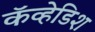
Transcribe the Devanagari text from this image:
कॅव्हेडिश